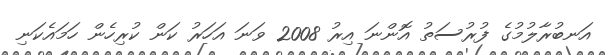
އަނބުރާލުމުގެ ފުރުސަތު އޮންނަ އިރު 2008 ވަނަ އަހަރު ކަން ކުރިހެން ހަމައެކަނި